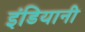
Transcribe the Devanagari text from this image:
इंडियानी